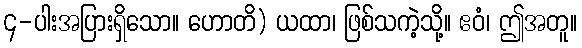
၄-ပါးအပြားရှိသော။ ဟောတိ) ယထာ၊ ဖြစ်သကဲ့သို့။ ဧဝံ၊ ဤအတူ။